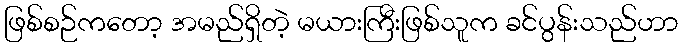
ဖြစ်စဉ်ကတော့ အမည်ရှိတဲ့ မယားကြီးဖြစ်သူက ခင်ပွန်းသည်ဟာ